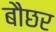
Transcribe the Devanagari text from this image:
बौछर